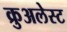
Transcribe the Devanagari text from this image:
क्रुअलेस्ट